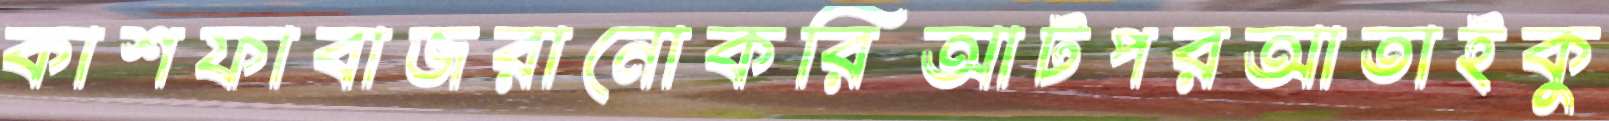
কাশফাবাজরানোকরিআটপরআতাইকু